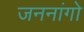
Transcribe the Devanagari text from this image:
जननांगो